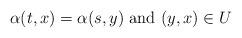
LaTeX: \begin{align*} \alpha(t,x) =\alpha(s,y) \mbox{ and } (y,x) \in U \end{align*}